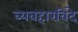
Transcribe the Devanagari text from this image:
व्यवहारविदे